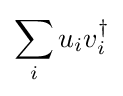
\sum _{i}u_{i}v_{i}^{\dagger }